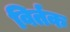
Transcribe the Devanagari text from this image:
विर्तक